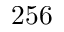
2 5 6